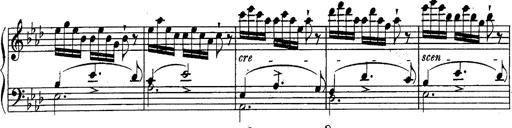
Title: Schubert's Impromptus [revised and edited by Franz Liszt]
Composer: Franz Liszt